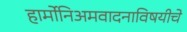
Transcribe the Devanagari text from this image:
हार्मोनिअमवादनाविषयीचे